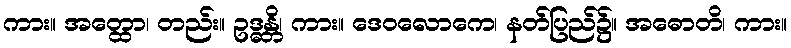
ကား။ အတ္ထော၊ တည်း။ ဥဒ္ဓန္တိ၊ ကား။ ဒေဝလောကေ၊ နတ်ပြည်၌။ အဓောတိ၊ ကား။